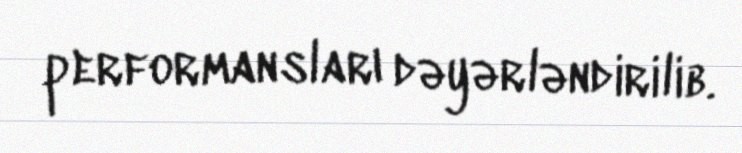
performansları dəyərləndirilib.